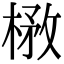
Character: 㮘